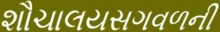
શૌચાલયસગવળની